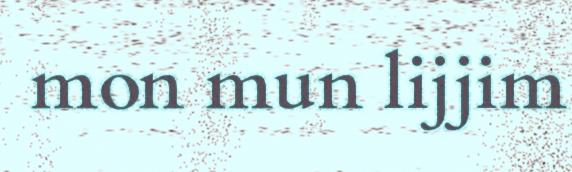
mon mun lijjim